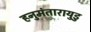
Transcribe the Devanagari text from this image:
हनुमंतारायुडु